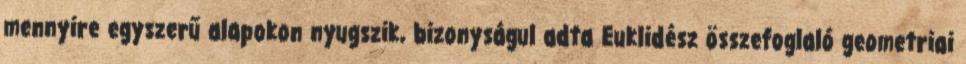
mennyire egyszerű alapokon nyugszik, bizonyságul adta Euklidész összefoglaló geometriai